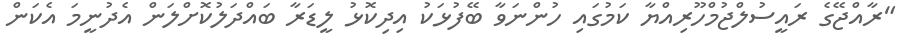
"ރާއްޖޭގެ ރައީސުލްޖުމްހޫރިއްޔާ ކަމުގައި ހުންނަވާ ބޭފުޅަކު އިދިކޮޅު ލީޑަރާ ބައްދަލުކޮށްލަން އެދުނީމަ އެކަން